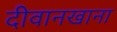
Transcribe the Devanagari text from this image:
दीवानखाना